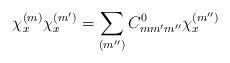
LaTeX: \begin{align*}\chi _x^{(m)} \chi _x^{(m')} =\sum _{(m'')}C^0 _{mm'm''}\chi_x^{(m'')}\end{align*}